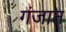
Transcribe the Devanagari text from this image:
गंजात